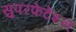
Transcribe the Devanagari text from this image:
सुपरफेटेशन